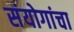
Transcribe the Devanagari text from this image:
संयोगांचा